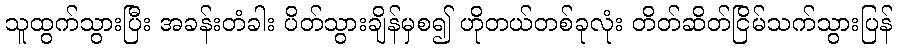
သူထွက်သွားပြီး အခန်းတံခါး ပိတ်သွားချိန်မှစ၍ ဟိုတယ်တစ်ခုလုံး တိတ်ဆိတ်ငြိမ်သက်သွားပြန်